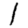
Digit: 1